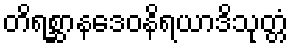
တိရစ္ဆာနဒေဝနိရယာဒိသုတ္တံ